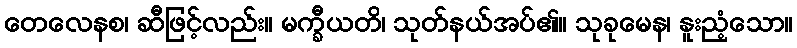
တေလေနစ၊ ဆီဖြင့်လည်း။ မက္ခီယတိ၊ သုတ်နယ်အပ်၏။ သုခုမေန၊ နူးညံ့သော။